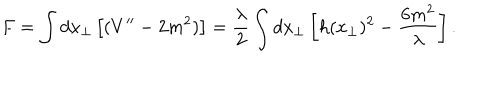
F = \int d x _ { \bot } \left[ ( V ^ { \prime \prime } - 2 m ^ { 2 } ) \right] = \frac { \lambda } { 2 } \int d x _ { \bot } \left[ h ( x _ { \bot } ) ^ { 2 } - \frac { 6 m ^ { 2 } } { \lambda } \right] .